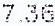
7.36